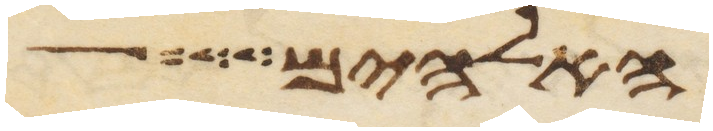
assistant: האלהים